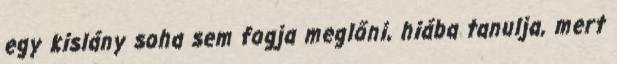
egy kislány soha sem fogja meglőni, hiába tanulja, mert